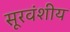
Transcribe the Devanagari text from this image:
सूरवंशीय